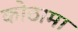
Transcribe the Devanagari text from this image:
कोठामा